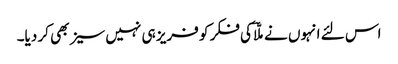
اس لئے انہوں نے ملّاؔ کی فکر کو فریز ہی نہیں سیز بھی کر دیا۔